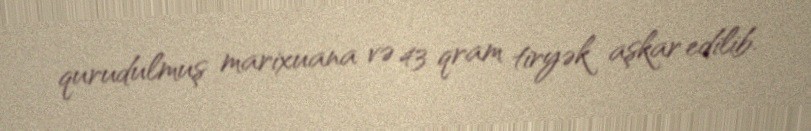
qurudulmuş marixuana və 43 qram tiryək aşkar edilib.